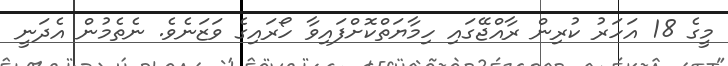
މީގެ 18 އަހަރު ކުރިން ރާއްޖޭގައި ހިމާޔަތްކޮށްފައިވާ ހޯރައިގެ ވަޒަނެވެ. ނެތެމުން އެދަނީ